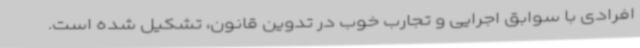
افرادی با سوابق اجرایی و تجارب خوب در تدوین قانون، تشکیل شده است.